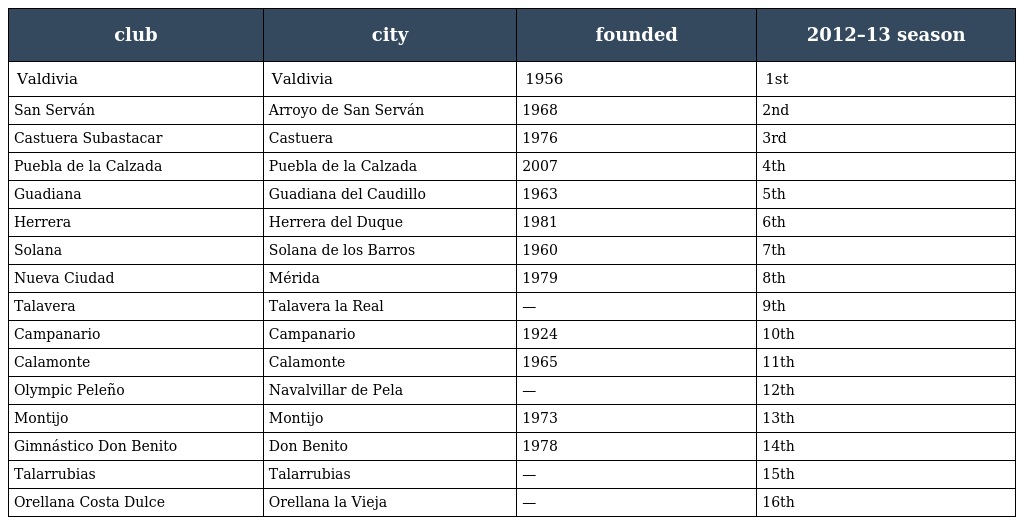
| club | city | founded | 2012–13 season |
 | --- | --- | --- | --- |
 | Valdivia | Valdivia | 1956 | 1st |
 | San Serván | Arroyo de San Serván | 1968 | 2nd |
 | Castuera Subastacar | Castuera | 1976 | 3rd |
 | Puebla de la Calzada | Puebla de la Calzada | 2007 | 4th |
 | Guadiana | Guadiana del Caudillo | 1963 | 5th |
 | Herrera | Herrera del Duque | 1981 | 6th |
 | Solana | Solana de los Barros | 1960 | 7th |
 | Nueva Ciudad | Mérida | 1979 | 8th |
 | Talavera | Talavera la Real | — | 9th |
 | Campanario | Campanario | 1924 | 10th |
 | Calamonte | Calamonte | 1965 | 11th |
 | Olympic Peleño | Navalvillar de Pela | — | 12th |
 | Montijo | Montijo | 1973 | 13th |
 | Gimnástico Don Benito | Don Benito | 1978 | 14th |
 | Talarrubias | Talarrubias | — | 15th |
 | Orellana Costa Dulce | Orellana la Vieja | — | 16th |